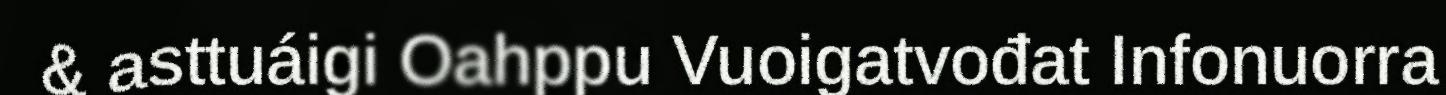
& asttuáigi Oahppu Vuoigatvođat Infonuorra